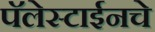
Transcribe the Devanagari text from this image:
पॅलेस्टाईनचे